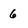
Character: 6